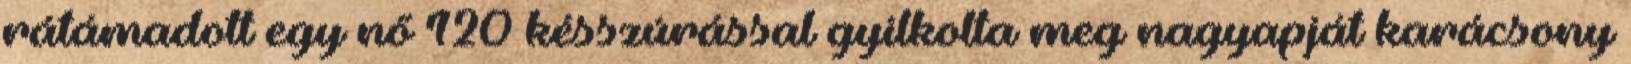
rátámadott egy nő 120 késszúrással gyilkolta meg nagyapját karácsony